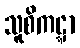
သူစိကဋ္ဋာ